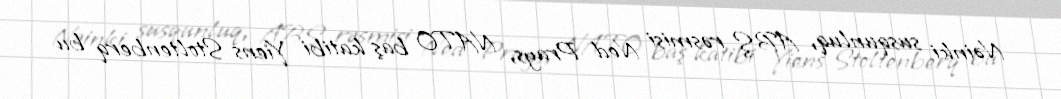
Nəinki susqunluq, ABŞ rəsmisi Ned Prays, NATO baş katibi Yiens Stoltenberq bu